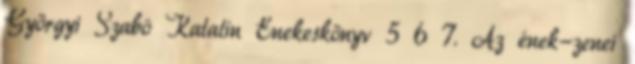
Györgyi Szabó Katalin Énekeskönyv 5 6 7. Az ének-zenei